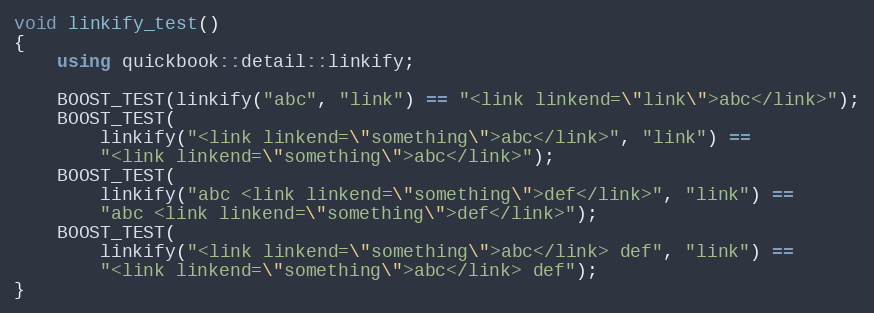
Language: C++
void linkify_test()
{
    using quickbook::detail::linkify;

    BOOST_TEST(linkify("abc", "link") == "<link linkend=\"link\">abc</link>");
    BOOST_TEST(
        linkify("<link linkend=\"something\">abc</link>", "link") ==
        "<link linkend=\"something\">abc</link>");
    BOOST_TEST(
        linkify("abc <link linkend=\"something\">def</link>", "link") ==
        "abc <link linkend=\"something\">def</link>");
    BOOST_TEST(
        linkify("<link linkend=\"something\">abc</link> def", "link") ==
        "<link linkend=\"something\">abc</link> def");
}